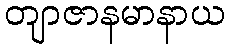
တျာဇာနမာနာယ